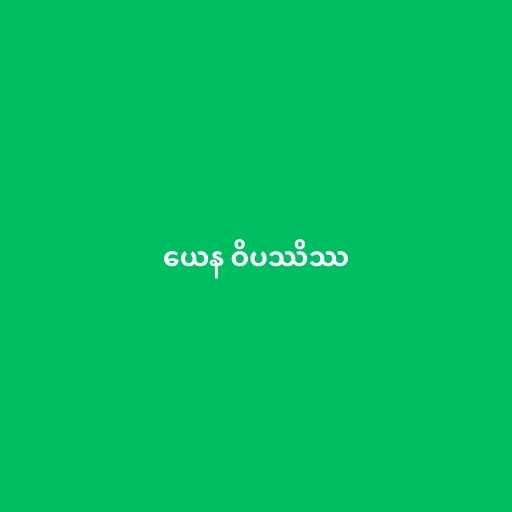
ယေန ဝိပဿိဿ